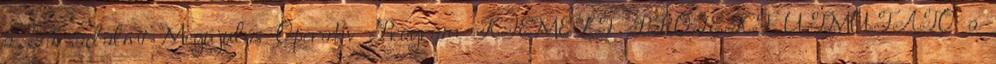
a Társadalmi Megújulás Operatív Program KIEMELT PROJEKT ÚTMUTATÓ a